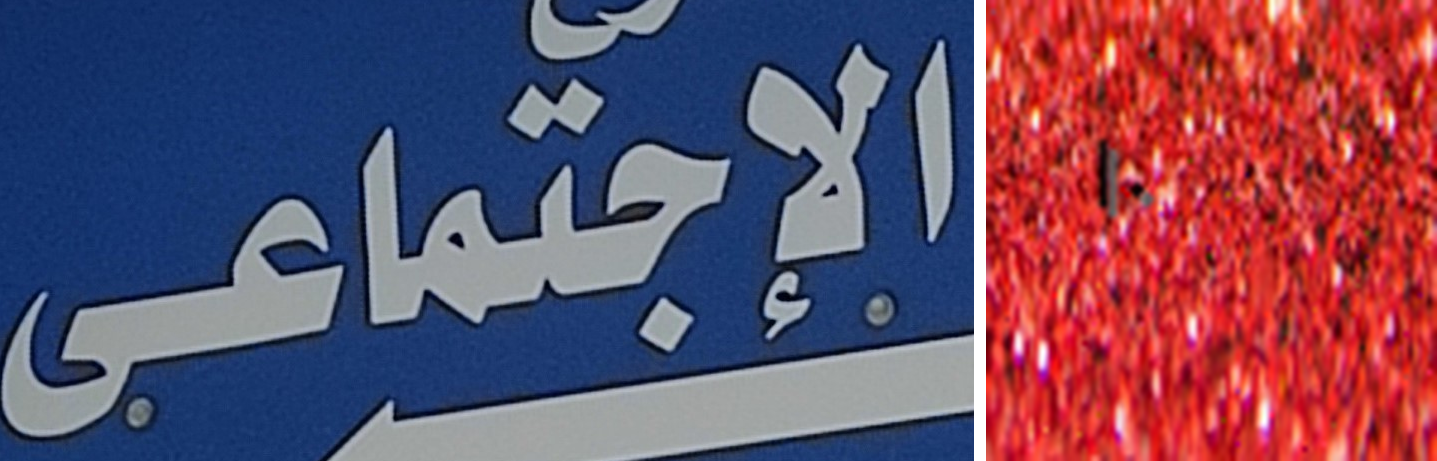
الإجتماعى ١٠